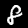
Label: 8